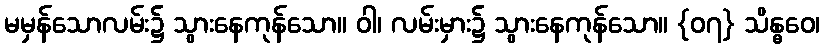
မမှန်သောလမ်း၌ သွားနေကုန်သော။ ဝါ၊ လမ်းမှား၌ သွားနေကုန်သော။ {၀၇} သိန္ဓဝေ၊